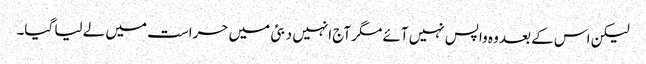
لیکن اس کے بعد وہ واپس نہیں آئے مگر آج انہیں دبئی میں حراست میں لے لیا گیا۔